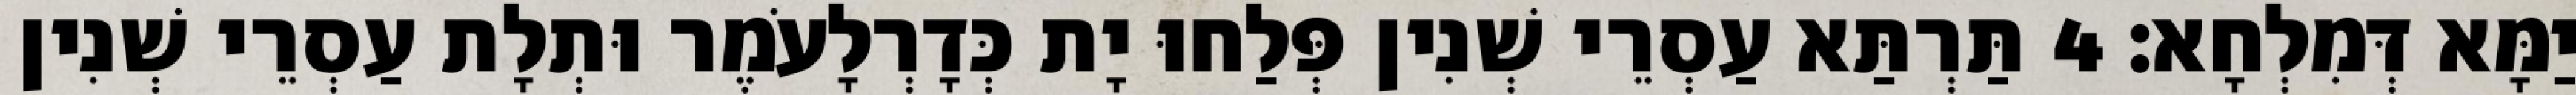
יַמָּא דְּמִלְחָא׃ 4 תַּרְתַּא עַסְרֵי שְׁנִין פְּלַחוּ יָת כְּדָרְלָעֹמֶר וּתְלָת עַסְרֵי שְׁנִין